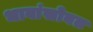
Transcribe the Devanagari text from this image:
भावांसोबत